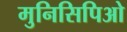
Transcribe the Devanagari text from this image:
मुनिसिपिओ